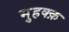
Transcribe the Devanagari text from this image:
मुहक्क़